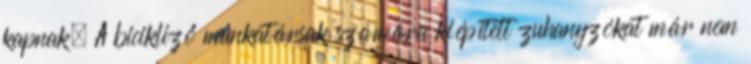
kapnak. A bicikliző munkatársak számára kiépített zuhanyzókat már nem